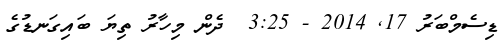
ޑިސެމްބަރު 17